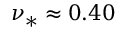
\nu _ { * } \approx 0 . 4 0